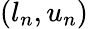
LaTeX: (l_{n},u_{n})